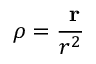
{ \boldsymbol { \rho } } = { \frac { \ \mathbf { r } } { r ^ { 2 } } }